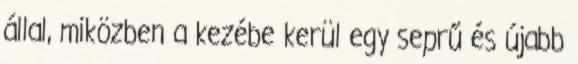
állal, miközben a kezébe kerül egy seprű és újabb